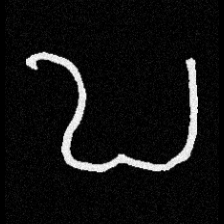
Pyu character \u2014 Myanmar letter: ဎ (romanized: ddha)